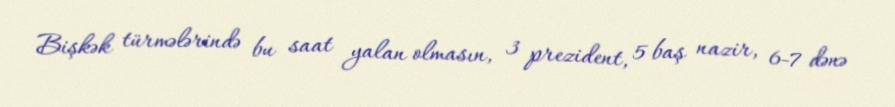
Bişkək türmələrində bu saat yalan olmasın, 3 prezident, 5 baş nazir, 6-7 dənə